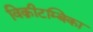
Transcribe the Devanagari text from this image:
विक्रीटम्बिका